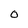
Character: 0